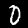
Label: 0